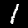
Digit: 1